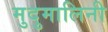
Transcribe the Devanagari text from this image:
मुदुमालिनी